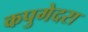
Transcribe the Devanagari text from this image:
कपुगेदरा